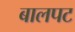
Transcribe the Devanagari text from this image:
बालपट